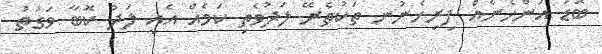
ބޮޑު އަންހެނެއް ފިރިހެނުނ ތަކުތެރޭ ލަދުވެތި ކަމެއް އެއީ ލަދު ކޮބާ ވަގުތު